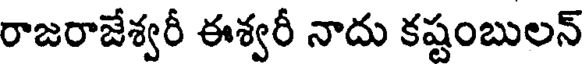
రాజరాజేశ్వరీ ఈశ్వరీ నాదు కష్టంబులన్